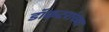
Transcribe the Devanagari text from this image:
डॉकटरांच्या